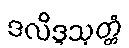
ဒလိဒ္ဒသုတ္တံ